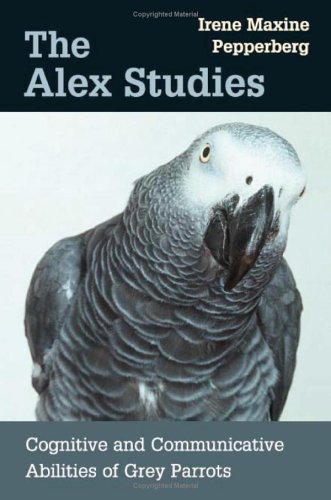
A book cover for The Alex Studies: Cognitive and Communicative Abilities of Grey Parrots; Irene Maxine Pepperberg; Medical Books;